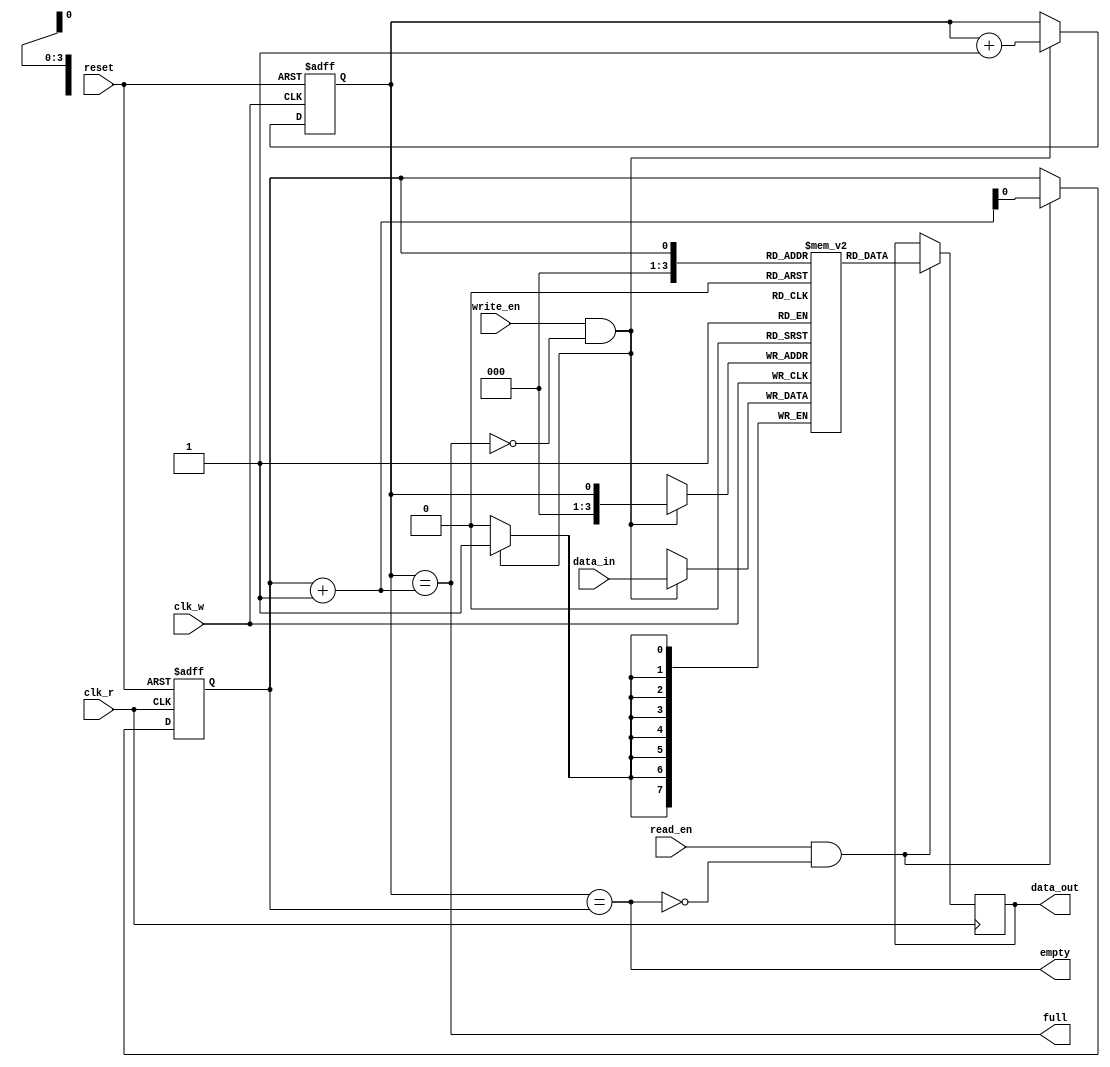
module async_fifo(
  input wire clk_w, // Clock for write pointer
  input wire clk_r, // Clock for read pointer
  input wire reset, // Reset signal
  input wire write_en, // Write enable signal
  input wire read_en, // Read enable signal
  input wire [7:0] data_in, // Data input
  output wire [7:0] data_out, // Data output
  output reg full, // Full flag
  output reg empty // Empty flag
);

reg [7:0] memory [0:15]; // FIFO memory array
reg wr_ptr, rd_ptr; // Write and read pointers

// Write pointer logic
always @(posedge clk_w or posedge reset)
begin
  if (reset)
    wr_ptr <= 0;
  else if (write_en && !full)
    wr_ptr <= wr_ptr + 1;
end

// Read pointer logic
always @(posedge clk_r or posedge reset)
begin
  if (reset)
    rd_ptr <= 0;
  else if (read_en && !empty)
    rd_ptr <= rd_ptr + 1;
end

// Write operation
always @(posedge clk_w)
begin
  if (write_en && !full)
    memory[wr_ptr] <= data_in;
end

// Read operation
always @(posedge clk_r)
begin
  if (read_en && !empty)
    data_out <= memory[rd_ptr];
end

// Full and empty flags
always @(*)
begin
  full = (wr_ptr == rd_ptr + 1);
  empty = (wr_ptr == rd_ptr);
end

endmodule